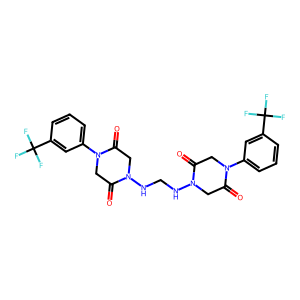
SMILES: O=C1CN(c2cccc(C(F)(F)F)c2)C(=O)CN1NCNN1CC(=O)N(c2cccc(C(F)(F)F)c2)CC1=O
Inhibits HIV replication: No